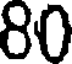
80